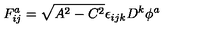
F _ { i j } ^ { a } = \sqrt { A ^ { 2 } - C ^ { 2 } } \epsilon _ { i j k } D ^ { k } \phi ^ { a }